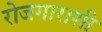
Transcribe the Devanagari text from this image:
रोजगाराशी